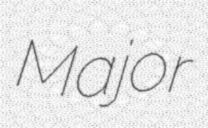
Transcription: Major